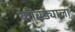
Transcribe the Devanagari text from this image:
कोंबड्याला